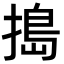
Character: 搗